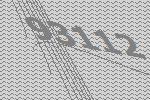
93112